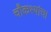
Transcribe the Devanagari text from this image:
चौकश्यांचा